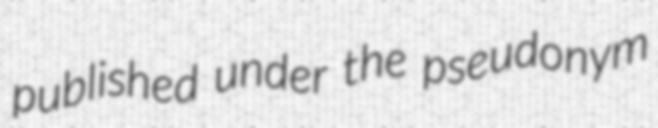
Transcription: published under the pseudonym